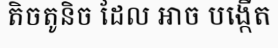
តិចតូនិច ដែល អាច បង្កើត